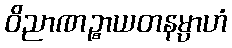
ဝိညာဏဉ္စာယတနမ္ပာဟံ